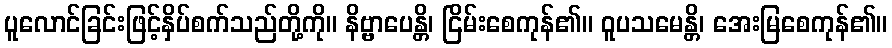
ပူလောင်ခြင်းဖြင့်နှိပ်စက်သည်တို့ကို။ နိဗ္ဗာပေန္တိ၊ ငြိမ်းစေကုန်၏။ ဝူပသမေန္တိ၊ အေးမြစေကုန်၏။